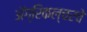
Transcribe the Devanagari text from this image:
अॅग्रिकल्चरचे